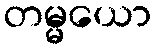
တမ္မယော